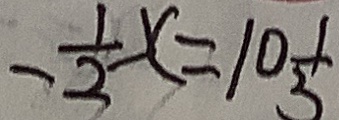
- \frac { 1 } { 2 } x = 1 0 \frac { 1 } { 3 }